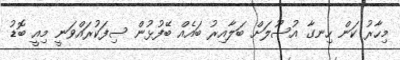
މިހާރު ކަން ހިނގާ އުސޫލަށް ބަލާއިރު ބައެއް ބޭފުޅުން ސިފަކުރައްވަނީ މިއީ ބޮޑު